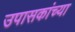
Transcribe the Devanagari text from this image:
उपासकांच्या